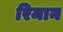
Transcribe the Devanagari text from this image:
रिमान